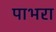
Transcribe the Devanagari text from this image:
पाभरा